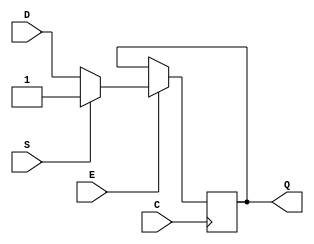
module SB_DFFNESS (output Q, input C, E, S, D);
	reg Q = 0;
	always @(negedge C)
		if (E) begin
			if (S)
				Q <= 1;
			else
				Q <= D;
		end
endmodule